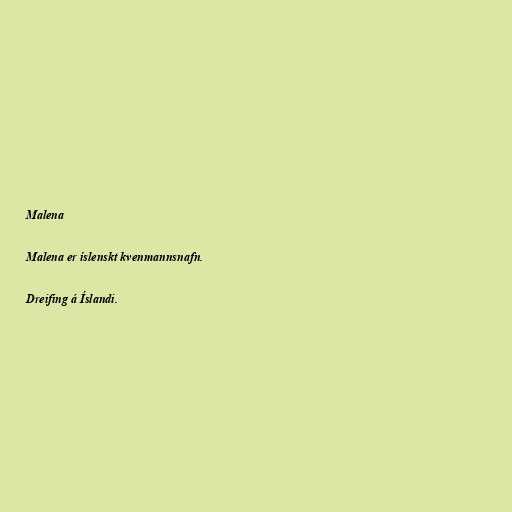
Malena

Malena er íslenskt kvenmannsnafn.

Dreifing á Íslandi.